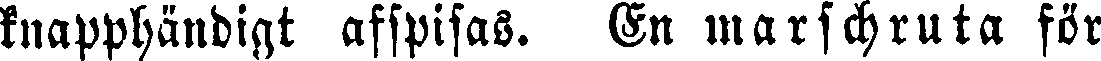
knapphändigt afspisas. En marschruta för